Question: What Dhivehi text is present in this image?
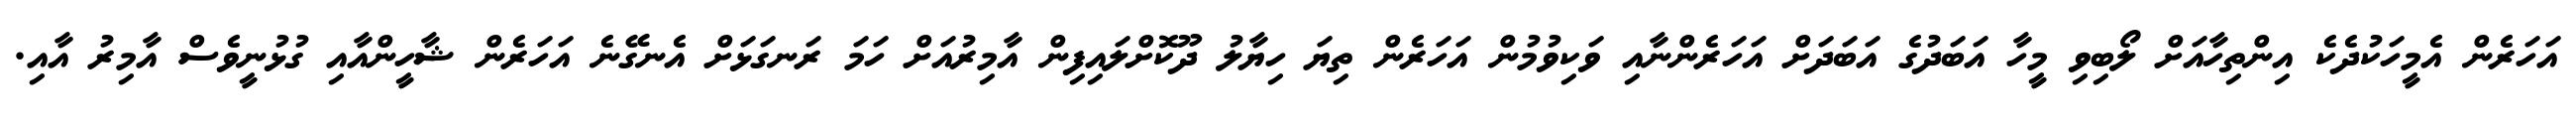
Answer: އަހަރެން އެމީހަކުދެކެ އިންތިހާއަށް ލޯބިވި މީހާ އަބަދުގެ އަބަދަށް އަހަރެންނާއި ވަކިވުމުން އަހަރެން ތިޔަ ހިޔާލު ދޫކޮށްލައިފިން އާމިރުއަށް ހަމަ ރަނގަޅަށް އެނގޭނެ އަހަރެން ޝާހީންއާއި ގުޅުނީވެސް އާމިރު އާއި.